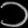
Digit: ၁